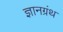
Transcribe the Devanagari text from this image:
ज्ञानग्रंथ